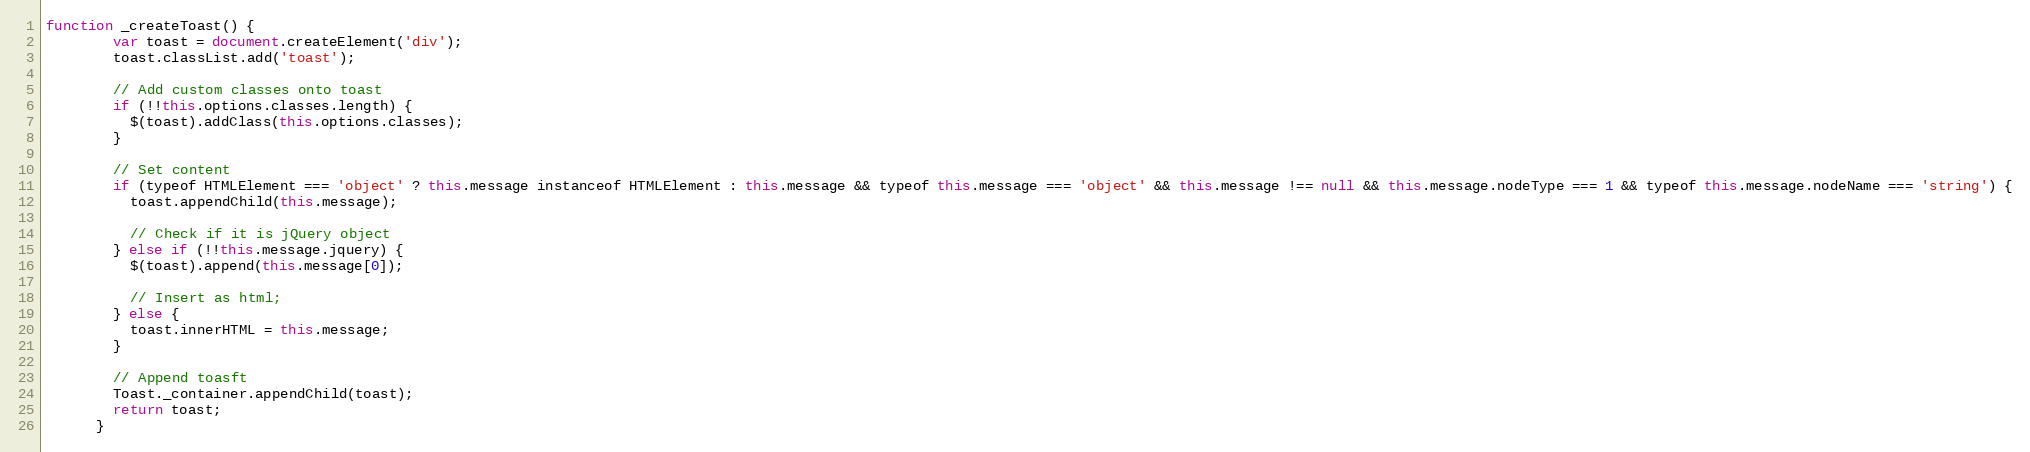
Language: JavaScript
function _createToast() {
        var toast = document.createElement('div');
        toast.classList.add('toast');

        // Add custom classes onto toast
        if (!!this.options.classes.length) {
          $(toast).addClass(this.options.classes);
        }

        // Set content
        if (typeof HTMLElement === 'object' ? this.message instanceof HTMLElement : this.message && typeof this.message === 'object' && this.message !== null && this.message.nodeType === 1 && typeof this.message.nodeName === 'string') {
          toast.appendChild(this.message);

          // Check if it is jQuery object
        } else if (!!this.message.jquery) {
          $(toast).append(this.message[0]);

          // Insert as html;
        } else {
          toast.innerHTML = this.message;
        }

        // Append toasft
        Toast._container.appendChild(toast);
        return toast;
      }